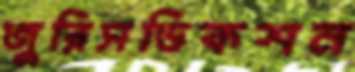
জুরিসডিকশন